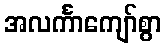
အလင်္ကာကျော်စွာ